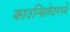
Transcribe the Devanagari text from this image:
काउन्सिलेटमध्ये